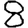
Digit: 8